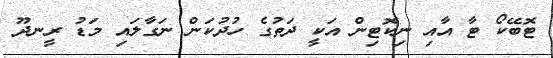
ޓޮބޭކޯ ޓާ އާއި ނިކޮޓިން އަކީ ދަތުގެ ހުދުކަން ނަގާލައި މަޑު ރީނދޫ